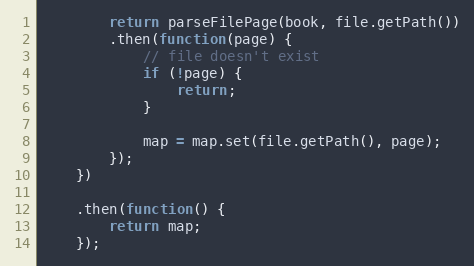
Language: JavaScript
        return parseFilePage(book, file.getPath())
        .then(function(page) {
            // file doesn't exist
            if (!page) {
                return;
            }

            map = map.set(file.getPath(), page);
        });
    })

    .then(function() {
        return map;
    });